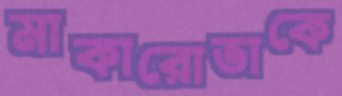
মাকারোভাকে